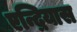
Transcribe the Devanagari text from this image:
एन्द्रियास